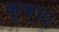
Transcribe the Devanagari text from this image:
कूकाए